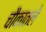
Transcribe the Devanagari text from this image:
चौकातले